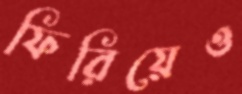
ফিরিয়েও